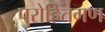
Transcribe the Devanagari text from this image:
पुरोहितगण